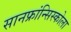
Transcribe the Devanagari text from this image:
सानफ्रांन्सिस्कोला